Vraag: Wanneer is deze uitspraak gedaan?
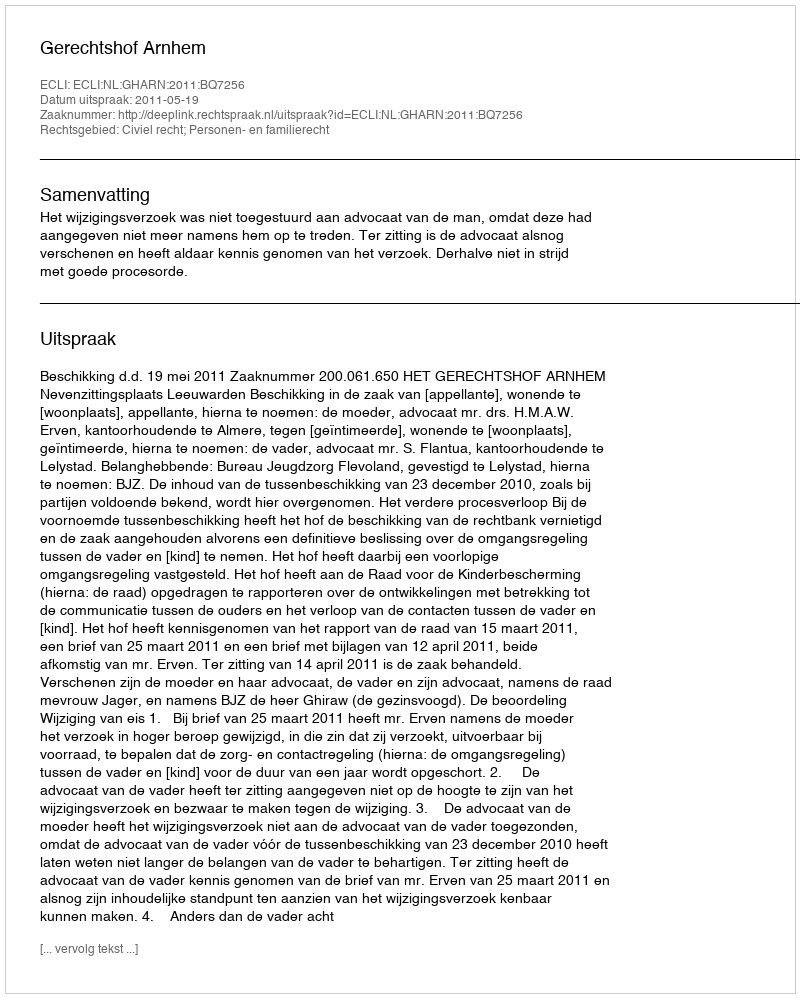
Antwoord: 2011-05-19